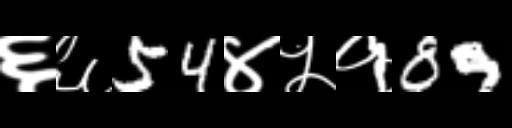
Text: ६६54४५१89